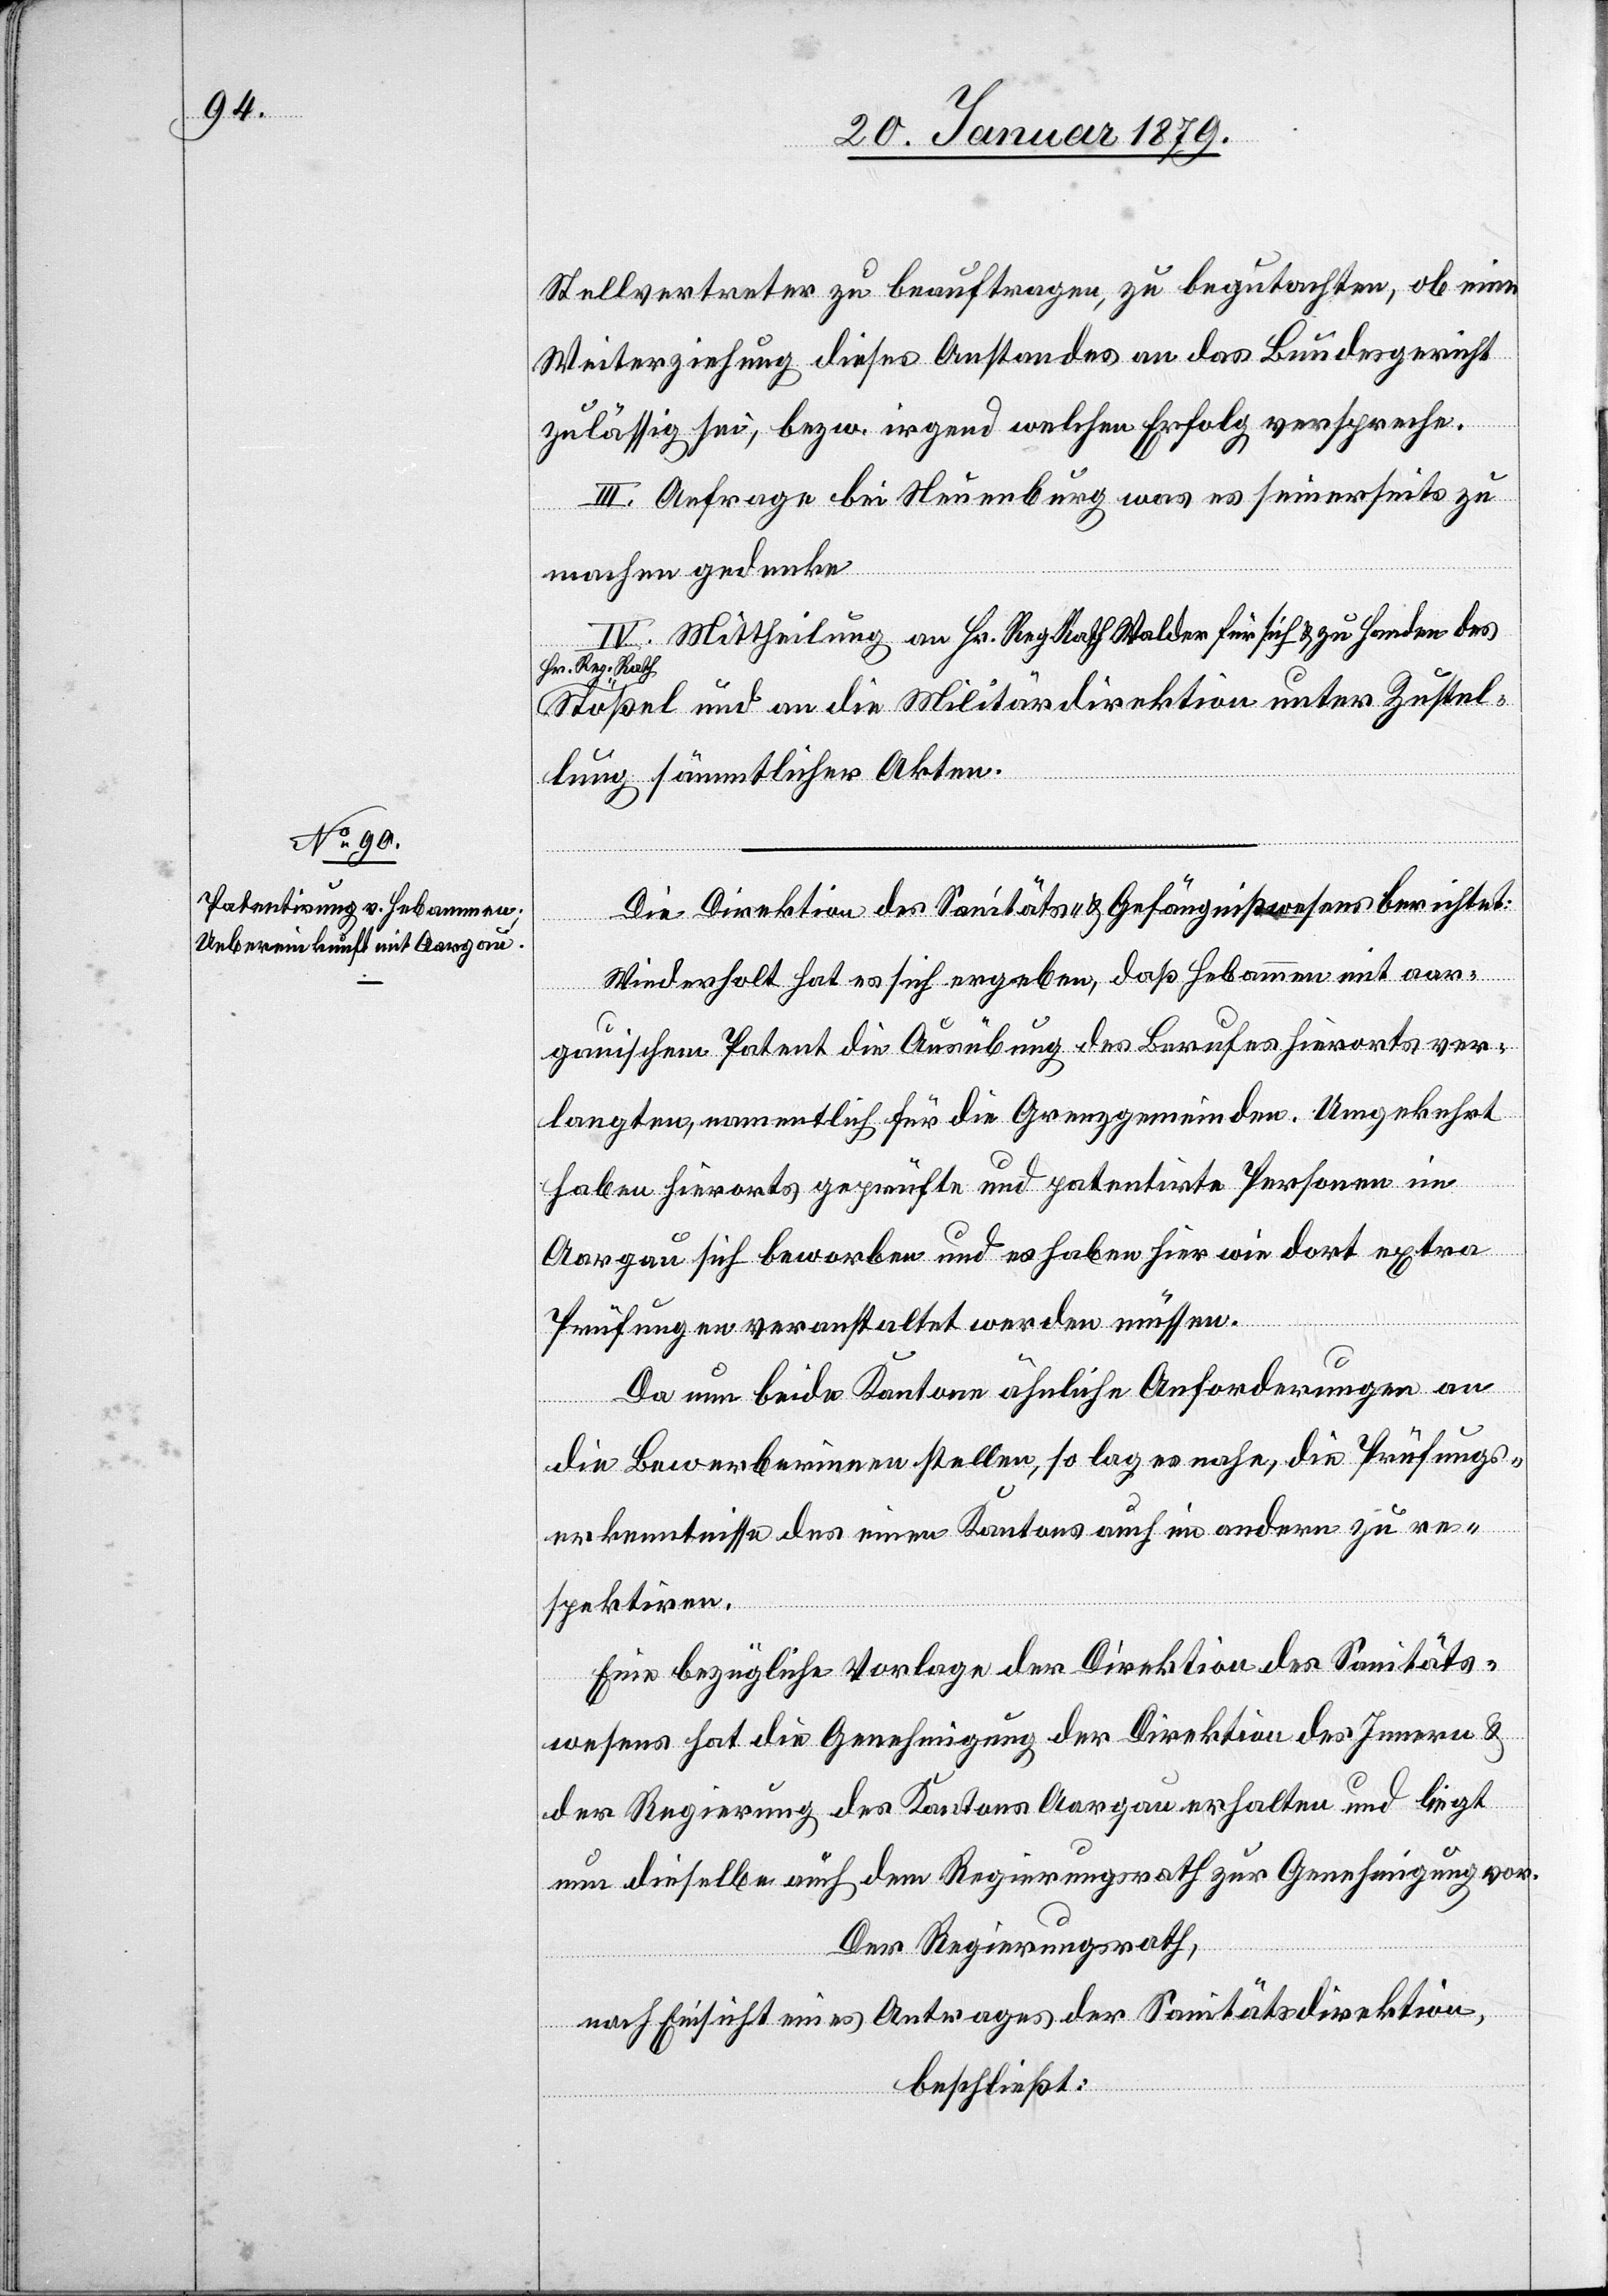
Stellvertreter zu beauftragen, zu begutachten, ob eine
Weiterziehung dieses Anstandes an das Bundesgericht
zulässig sei, bezw. irgend welchen Erfolg verspreche.
III. Anfrage bei Neuenburg was es seinerseits zu
machen gedenke.
IV. Mittheilung an Hr. Reg. Rath Walder für sich & zu Handen des
a-Hr. Reg. Rath-a
Stößel und an die Militärdirektion unter Zustel¬
lung sämmtlicher Akten.
Die Direktion des Sanitäts- & Gefängnißwesens berichtet:
Wiederholt hat es sich ergeben, daß Hebammen mit aar¬
gauischem Patent die Ausübung des Berufes hierorts ver¬
langten, namentlich für die Grenzgemeinden. Umgekehrt
haben hierorts geprüfte und patentirte Personen im
Aargau sich beworben und es haben hier wie dort extra
Prüfungen veranstaltet werden müssen.
Da nun beide Kantone ähnliche Anforderungen an
die Bewerberinnen stellen, so lag es nahe, die Prüfungs¬
erkenntnisse des einen Kantons auch im andern zu re¬
spektiren.
Eine bezügliche Vorlage der Direktion des Sanitäts¬
wesens hat die Genehmigung der Direktion des Innern &
der Regierung des Kantons Aargau erhalten und liegt
nun dieselbe auch dem Regierungsrath zur Genehmigung vor.
Der Regierungsrath,
nach Einsicht eines Antrages der Sanitätsdirektion,
beschließt: